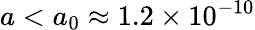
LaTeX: a<a_{0}\approx 1.2\times 10^{-10}